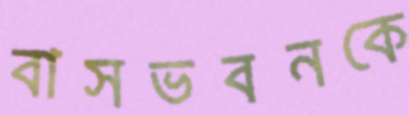
বাসভবনকে